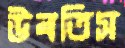
উবতিস